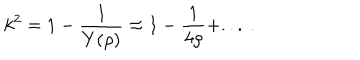
LaTeX: k ^ { 2 } = 1 - \frac { 1 } { Y ( \rho ) } \approx 1 - \frac { 1 } { 4 \rho } + . . . ~ .